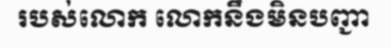
របស់លោក លោកនឹងមិនបញ្ជា